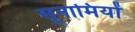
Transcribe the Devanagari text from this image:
सूनामियों